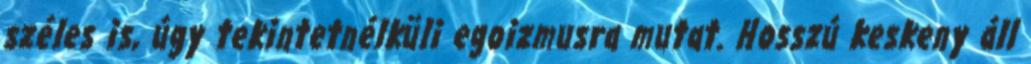
széles is, úgy tekintetnélküli egoizmusra mutat. Hosszú keskeny áll